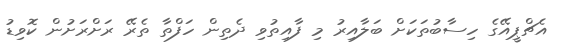
އެޗްޕީއޭގެ ހިސާބުތަކަށް ބަލާއިރު މި ފާއިތުވި ދެތިން ހަފްތާ ތެރޭ ރަށްރަށުން ކޮވިޑު